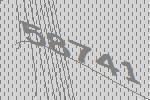
58741